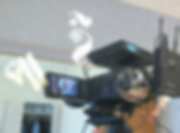
পাইত্যা